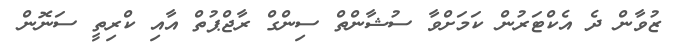
ޒުވާން ދެ އެކްޓަރުން ކަމަށްވާ ސުޝާންތް ސިންގް ރާޖްޕުތް އާއި ކްރިތީ ސަނޮން